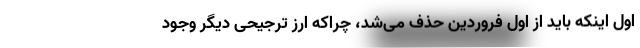
اول اینکه باید از اول فروردین حذف می‌شد، چراکه ارز ترجیحی دیگر وجود